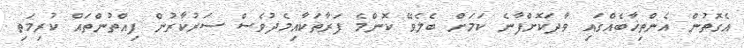
އެގޮތުން އެންތިޚާބެއްގައި ވާދަކޮށްފާނެ ކަމަށް ބެލެވޭ ކޮންމެ ފަރާތަކާއިމެދުވެސް ސަރުކާރުން ފިއްތުންތައް ކުރިމަތި